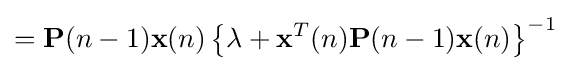
=\mathbf {P} (n-1)\mathbf {x} (n)\left\{\lambda +\mathbf {x} ^{T}(n)\mathbf {P} (n-1)\mathbf {x} (n)\right\}^{-1}